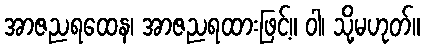
အာဇညရထေန၊ အာဇညရထားဖြင့်။ ဝါ၊ သို့မဟုတ်။